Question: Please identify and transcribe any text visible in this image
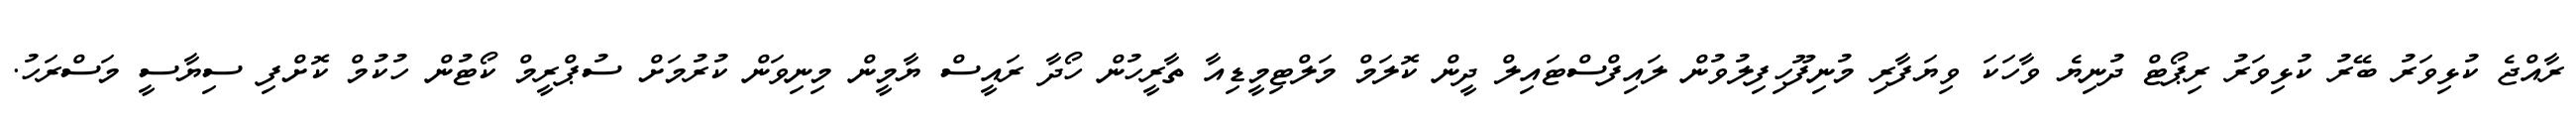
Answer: ރާއްޖެ ކުޅިވަރު ބޭރު ކުޅިވަރު ރިޕޯޓް ދުނިޔެ ވާހަކަ ވިޔަފާރި މުނިފޫހިފިލުވުން ލައިފްސްޓައިލް ދީން ކޮލަމް މަލްޓިމީޑިއާ ތާރީހުން ހޯދާ ރައީސް ޔާމީން މިނިވަން ކުރުމަށް ސުޕްރީމް ކޯޓުން ހުކުމް ކޮށްފި ސިޔާސީ މަސްރަހު.